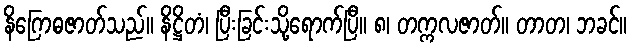
နိဂြောဓဇာတ်သည်။ နိဋ္ဌိတံ၊ ပြီးခြင်းသို့ရောက်ပြီ။ ၈၊ တက္ကလဇာတ်။ တာတ၊ ဘခင်။